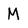
Character: M